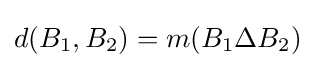
d(B_{1},B_{2})=m(B_{1}\Delta B_{2})